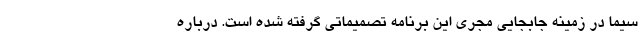
سیما در زمینه جابجایی مجری این برنامه تصمیماتی گرفته شده است. درباره